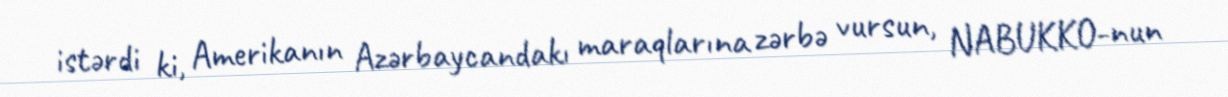
istərdi ki, Amerikanın Azərbaycandakı maraqlarına zərbə vursun, NABUKKO-nun